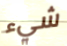
شيء